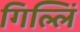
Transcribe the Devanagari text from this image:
गिल्लिं